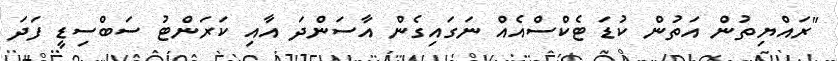
"ރައްޔިތުން އަތުން ކުޑަ ޓެކްސްއެއް ނަގައިގެން އާސަންދަ އާއި ކަރަންޓު ސަބްސިޑީ ފަދަ